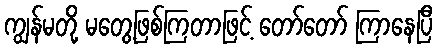
ကျွန်မတို့ မတွေ့ဖြစ်ကြတာဖြင့် တော်တော် ကြာနေပြီ